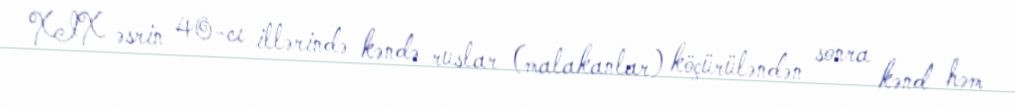
XIX əsrin 40-cı illərində kəndə ruslar (malakanlar) köçürüləndən sonra kənd həm